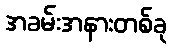
အခမ်းအနားတစ်ခု